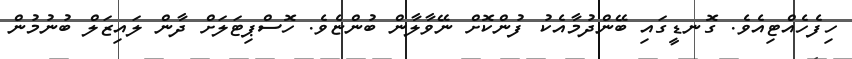
ހިފެހެއްޓިއެވެ. ގޮނޑީގައި ބޭންދުމާއެކު ފުންކޮށް ނޭވާލާން ބުންޏެވެ. ހޮސްޕިޓަލަށް ދާން ލައިޒަލް ބުނުމުން